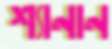
শ্যানান